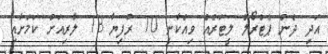
އަދި ދެން ޕެޓްރޯލް ލީޓަރެއް ވިއްކާނީ 10 ރުފިޔާ 13 ލާރިއަށް ކަމަށާއި